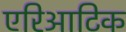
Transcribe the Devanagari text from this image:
एरिआटिक